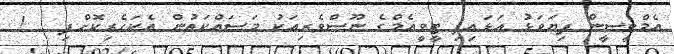
އެމްބީސީން ފިޔަވަޅު އަޅައިފި ޓީވީއެމްގެ ނޫސްވެރިއަކު މަސައްކަތުން އެކަހެރިކޮށްފި   !